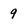
Character: 9